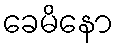
ခေမိနော